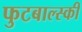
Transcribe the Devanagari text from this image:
फुटबाल्स्की